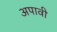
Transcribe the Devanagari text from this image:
अपावी